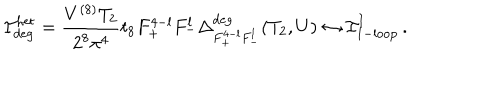
LaTeX: { \cal I } _ { \mathrm { d e g } } ^ { \mathrm { h e t } } = \frac { V ^ { ( 8 ) } T _ { 2 } } { 2 ^ { 8 } \pi ^ { 4 } } t _ { 8 } F _ { + } ^ { 4 - l } F _ { - } ^ { l } \Delta _ { F _ { + } ^ { 4 - l } F _ { - } ^ { l } } ^ { \mathrm { d e g } } ( T _ { 2 } , U ) \leftrightarrow { \cal I } _ { \mathrm { 1 - l o o p } } ^ { \mathrm { I } } \, .